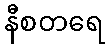
နီစတရေ